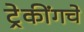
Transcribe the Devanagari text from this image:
ट्रेकींगचे